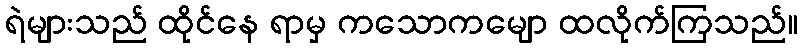
ရဲများသည် ထိုင်နေ ရာမှ ကသောကမျော ထလိုက်ကြသည်။